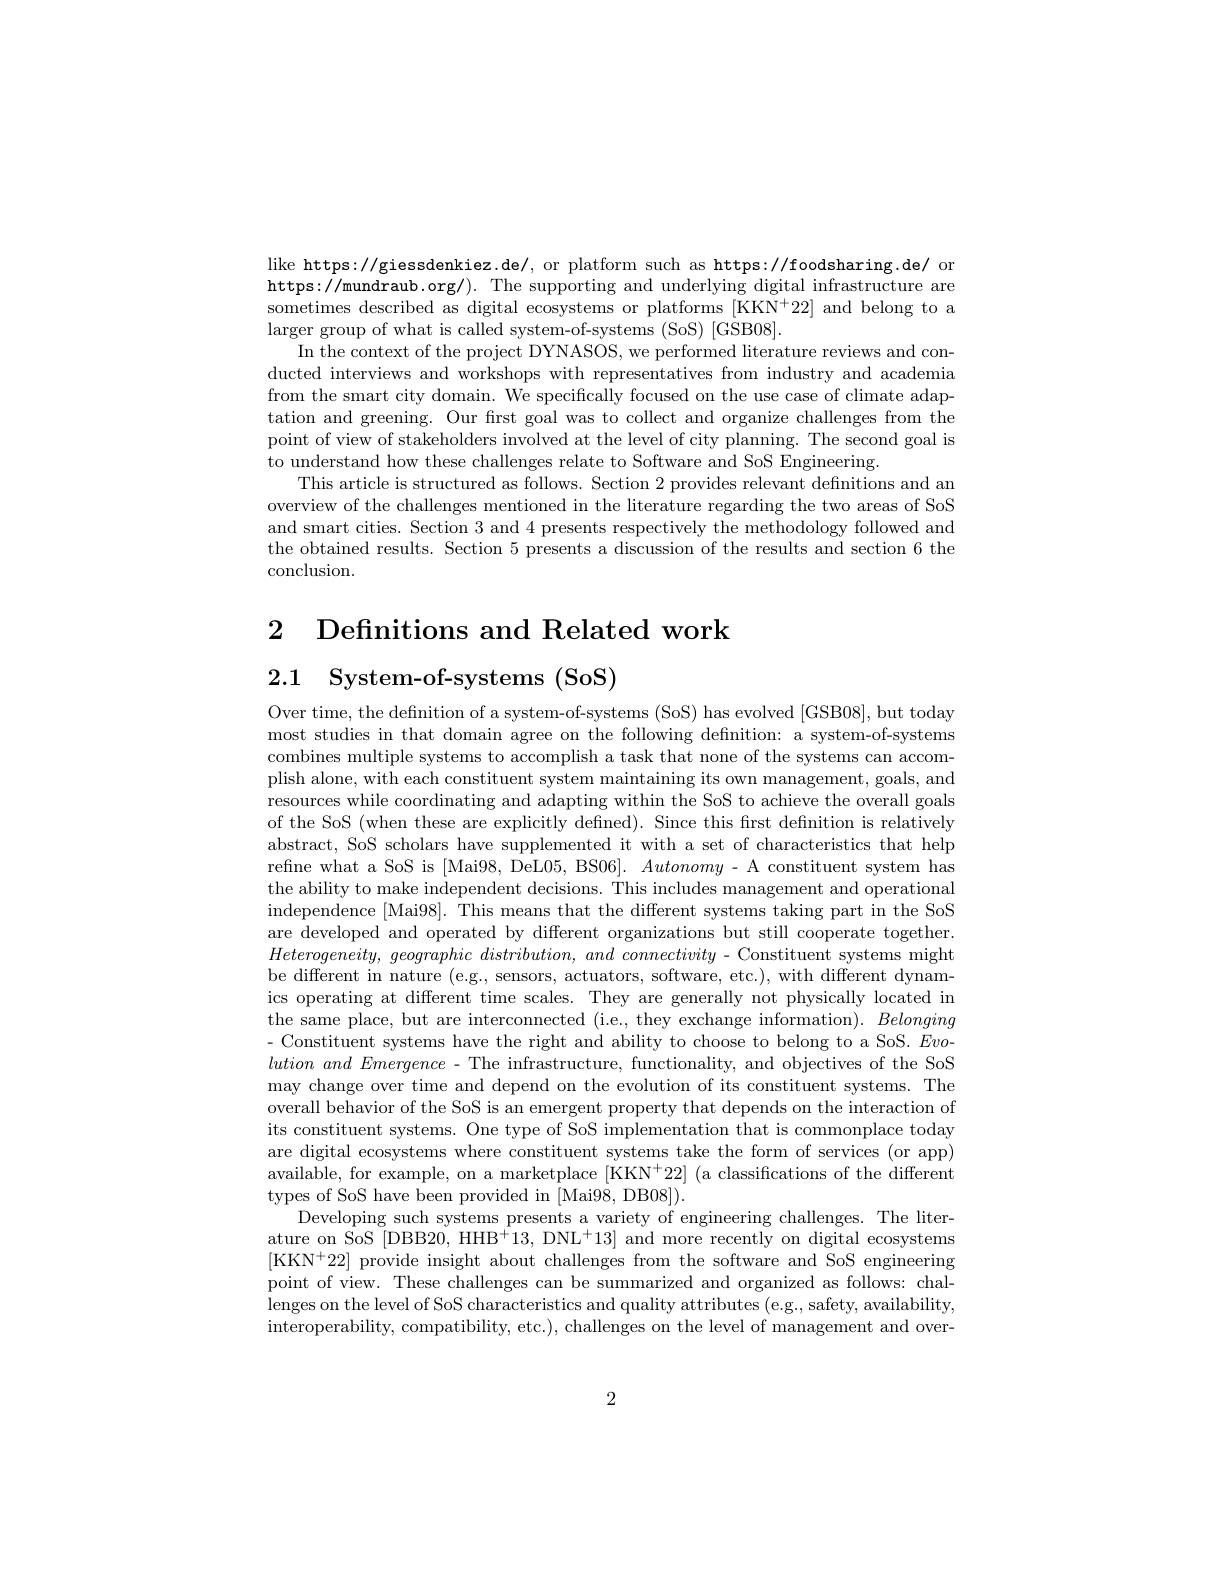
like https://giessdenkiez.de/, or platform such as https://foodsharing.de/ or https://mundraub.org/). The supporting and underlying digital infrastructure are sometimes described as digital ecosystems or platforms [KKN+22] and belong to a larger group of what is called system-of-systems (SoS) [GSB08].
In the context of the project DYNASOS, we performed literature reviews and conducted interviews and workshops with representatives from industry and academia from the smart city domain. We specifically focused on the use case of climate adaptation and greening. Our first goal was to collect and organize challenges from the point of view of stakeholders involved at the level of city planning. The second goal is to understand how these challenges relate to Software and SoS Engineering.
This article is structured as follows. Section 2 provides relevant defnitions and an overview of the challenges mentioned in the literature regarding the two areas of SoS and smart cities. Section 3 and 4 presents respectively the methodology followed and the obtained results. Section 5 presents a discussion of the results and section 6 the conclusion.

2 Definitions and Related work

2.1 System-of-systems (SoS)

Over time, the defnition of a system-of-systems (SoS) has evolved [GSB08], but today most studies in that domain agree on the following defnition: a system-of-systems combines multiple systems to accomplish a task that none of the systems can accomplish alone, with each constituent system maintaining its own management, goals, and resources while coordinating and adapting within the SoS to achieve the overall goals of the SoS (when these are explicitly defined). Since this first definition is relatively abstract, SoS scholars have supplemented it with a set of characteristics that help refne what a SoS is [Mai98, DeL05, BS06]. Autonomy - A constituent system has the ability to make independent decisions. This includes management and operational independence [Mai98]. This means that the different systems taking part in the SoS are developed and operated by different organizations but still cooperate together. $Heterogeneity, geographic$ $distribution$, and connectivity - Constituent systems might be different in nature (e.g. ics operating at different time scales. They are generally not physically located in the same place, but are interconnected (i.e., they exchange information). Belonging - Constituent systems have t $lution\textit{ and Emergence - The infrastructure, functionality, and objectives of the SoS}$ may change over time and depend on the evolution of its constituent systems. The overall behavior of the SoS is an emergent property that depends on the interaction of its constituent systems. One type of SoS implementation that is commonplace today are digital ecosystems where constituent systems take the form of services (or app) available, for example, on a marketplace [KKN$^+22]$ (a classifications of the different types of SoS have been provided in [Mai98, DB08]).
Developing such systems presents a variety of engineering challenges. The literature on SoS [DBB20, HHB$^+13$, DNL$^+13]$ and more recently on digital ecosystems [KKN$^+22]$ provide insight about challenges from the software and SoS engineering point of view. These challenges can be summarized and organized as follows: challenges on the level of SoS characteristics and quality attributes (e.g., safety, availability, interoperability, compatibility, etc.), challenges on the level of management and over-

2